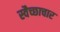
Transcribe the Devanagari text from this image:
स्‍वैच्‍छाचार